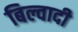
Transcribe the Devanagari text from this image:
बिल्वादी